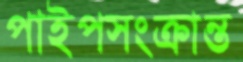
পাইপসংক্রান্ত